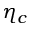
\eta _ { c }